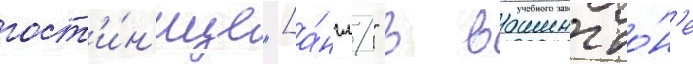
гост'и́н'ице "[а́нгл." в вашингто́н'е